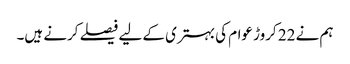
ہم نے 22 کروڑ عوام کی بہتری کے لیے فیصلے کرنے ہیں۔